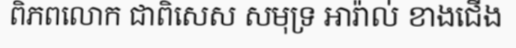
ពិភពលោក ជាពិសេស សមុទ្រ អារ៉ាល់ ខាងជើង